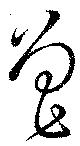
魯